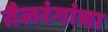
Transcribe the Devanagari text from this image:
तैलरंगांचा